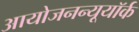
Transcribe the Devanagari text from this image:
आयोजनन्यूयॉर्क